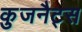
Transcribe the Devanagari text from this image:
कुजनैट्स